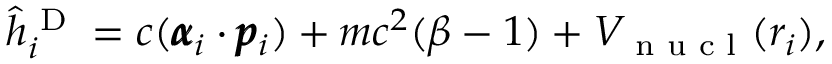
\hat { h } _ { i } ^ { \textrm { D } } = c ( \pmb { \alpha } _ { i } \cdot \pmb { p } _ { i } ) + m c ^ { 2 } ( \beta - 1 ) + V _ { \textrm { n u c l } } ( r _ { i } ) ,